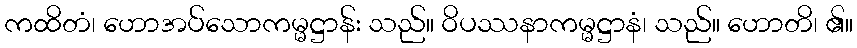
ကထိတံ၊ ဟောအပ်သောကမ္မဋ္ဌာန်း သည်။ ဝိပဿနာကမ္မဋ္ဌာနံ၊ သည်။ ဟောတိ၊ ၏။